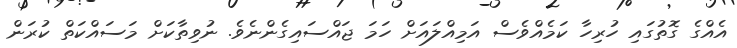
އެއްގެ ގޮތުގައި ހުރިހާ ކަމެއްވެސް އަމިއްލައަށް ހަމަ ޖައްސައިގެންނެވެ. ނުވިތާކަށް މަސައްކަތް ކުރަން